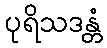
ပုရိသဒန္တံ